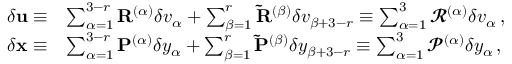
\begin{array} { r l } { \delta { \mathbf { u } } \equiv } & { \sum _ { \alpha = 1 } ^ { 3 - r } \mathbf { R } ^ { ( \alpha ) } \delta v _ { \alpha } + \sum _ { \beta = 1 } ^ { r } \mathbf { \tilde { R } } ^ { ( \beta ) } \delta v _ { \beta + 3 - r } \equiv \sum _ { \alpha = 1 } ^ { 3 } \mathbfcal { R } ^ { ( \alpha ) } \delta v _ { \alpha } \, , } \\ { \delta { \mathbf { x } } \equiv } & { \sum _ { \alpha = 1 } ^ { 3 - r } \mathbf { P } ^ { ( \alpha ) } \delta y _ { \alpha } + \sum _ { \beta = 1 } ^ { r } \mathbf { \tilde { P } } ^ { ( \beta ) } \delta y _ { \beta + 3 - r } \equiv \sum _ { \alpha = 1 } ^ { 3 } \mathbfcal { P } ^ { ( \alpha ) } \delta y _ { \alpha } \, , } \end{array}